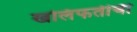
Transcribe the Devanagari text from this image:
खलिफतीची